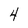
Character: 4